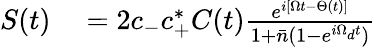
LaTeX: \begin{array}{rl}{S(t)}&{{}=2c_{-}c_{+}^{*}C(t)\frac{e^{i[\Omega t-\Theta(t)]}}{1+\bar{n}(1-e^{i\Omega_{d}t})}}\end{array}